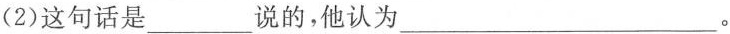
(2)这句话是___说的，他认为___。